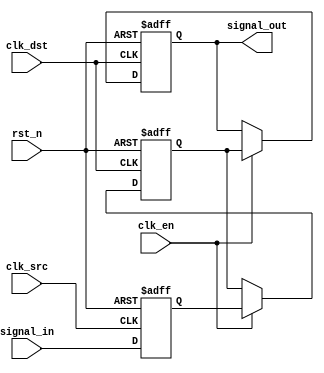
module signal_level_crossing_synchronizer #(
    parameter STAGES = 2 // Number of synchronizer stages (2 or 3)
)(
    input wire clk_src,         // Source clock
    input wire clk_dst,         // Destination clock
    input wire rst_n,           // Asynchronous active-low reset
    input wire clk_en,          // Clock enable (optional)
    input wire signal_in,       // Input signal from source clock domain
    output reg signal_out       // Synchronized output signal
);

    // Intermediate registers for synchronization
    reg [STAGES-1:0] sync_reg;

    // Input Flip-Flop: Capture the incoming signal on the source clock
    always @(posedge clk_src or negedge rst_n) begin
        if (!rst_n) begin
            sync_reg[0] <= 1'b0; // Initialize to known state
        end else begin
            sync_reg[0] <= signal_in; // Capture input signal
        end
    end

    // Intermediate Flip-Flops: Synchronize to destination clock
    genvar i;
    generate
        for (i = 1; i < STAGES; i = i + 1) begin : sync_stage
            always @(posedge clk_dst or negedge rst_n) begin
                if (!rst_n) begin
                    sync_reg[i] <= 1'b0; // Initialize to known state
                end else if (clk_en) begin
                    sync_reg[i] <= sync_reg[i-1]; // Pass the signal through
                end
            end
        end
    endgenerate

    // Output Flip-Flop: Final synchronized output
    always @(posedge clk_dst or negedge rst_n) begin
        if (!rst_n) begin
            signal_out <= 1'b0; // Initialize to known state
        end else if (clk_en) begin
            signal_out <= sync_reg[STAGES-1]; // Output the last stage
        end
    end

endmodule